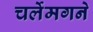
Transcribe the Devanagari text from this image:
चर्लेमगने